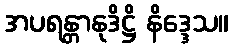
အပရန္တာနုဒိဋ္ဌိ နိဒ္ဒေသ။